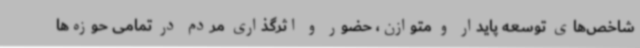
شاخص‌های توسعه پایدار و متوازن، حضور و اثرگذاری مردم در تمامی حوزه‌ها